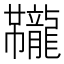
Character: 𫜱